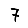
Digit: 7